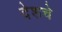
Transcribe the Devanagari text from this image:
देशचे